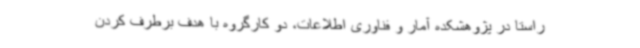
راستا در پژوهشکده آمار و فناوری اطلاعات، دو کارگروه با هدف برطرف کردن